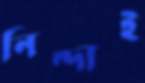
নিন্দাই